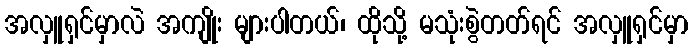
အလှူရှင်မှာလဲ အကျိုး များပါတယ်၊ ထိုသို့ မသုံးစွဲတတ်ရင် အလှူရှင်မှာ